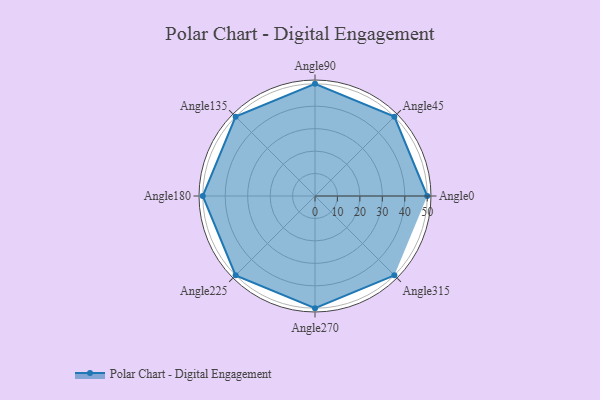
{"axis": {"x": "Angle", "y": "Radius"}, "legend": [""], "data": [{"x": "Angle0", "y": 50.0, "type": ""}, {"x": "Angle45", "y": 50, "type": ""}, {"x": "Angle90", "y": 50, "type": ""}, {"x": "Angle135", "y": 50, "type": ""}, {"x": "Angle180", "y": 50, "type": ""}, {"x": "Angle225", "y": 50, "type": ""}, {"x": "Angle270", "y": 50, "type": ""}, {"x": "Angle315", "y": 50, "type": ""}]}